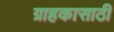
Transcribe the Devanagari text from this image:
ग्राहकासाठी